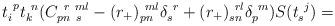
LaTeX: \begin{align*}t_{i}^{~p}t_{k}^{~n}(C_{pn~s}^{~r~ml}-(r_{+})_{pn}^{~ml}\delta _{s}^{~r}+(r_{+})_{sn}^{~rl}\delta _{p}^{~m})S(t_{s}^{~j})=\end{align*}